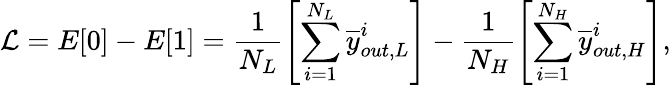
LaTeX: \mathcal{L}=E[0]-E[1]=\frac{1}{N_{L}}\left[\sum_{i=1}^{N_{L}}\overline{{y}}_{out,L}^{i}\right]-\frac{1}{N_{H}}\left[\sum_{i=1}^{N_{H}}\overline{{y}}_{out,H}^{i}\right],